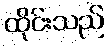
ထိုင်းသည်